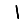
Digit: 1